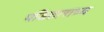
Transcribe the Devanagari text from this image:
पंडिताराध्य